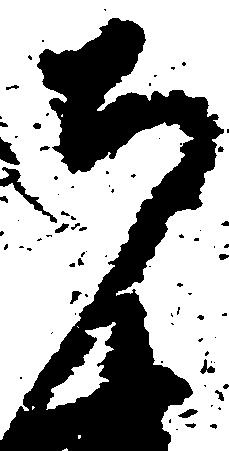
寺